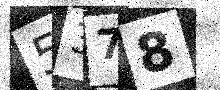
Text: 5378